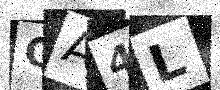
Text: QA4L